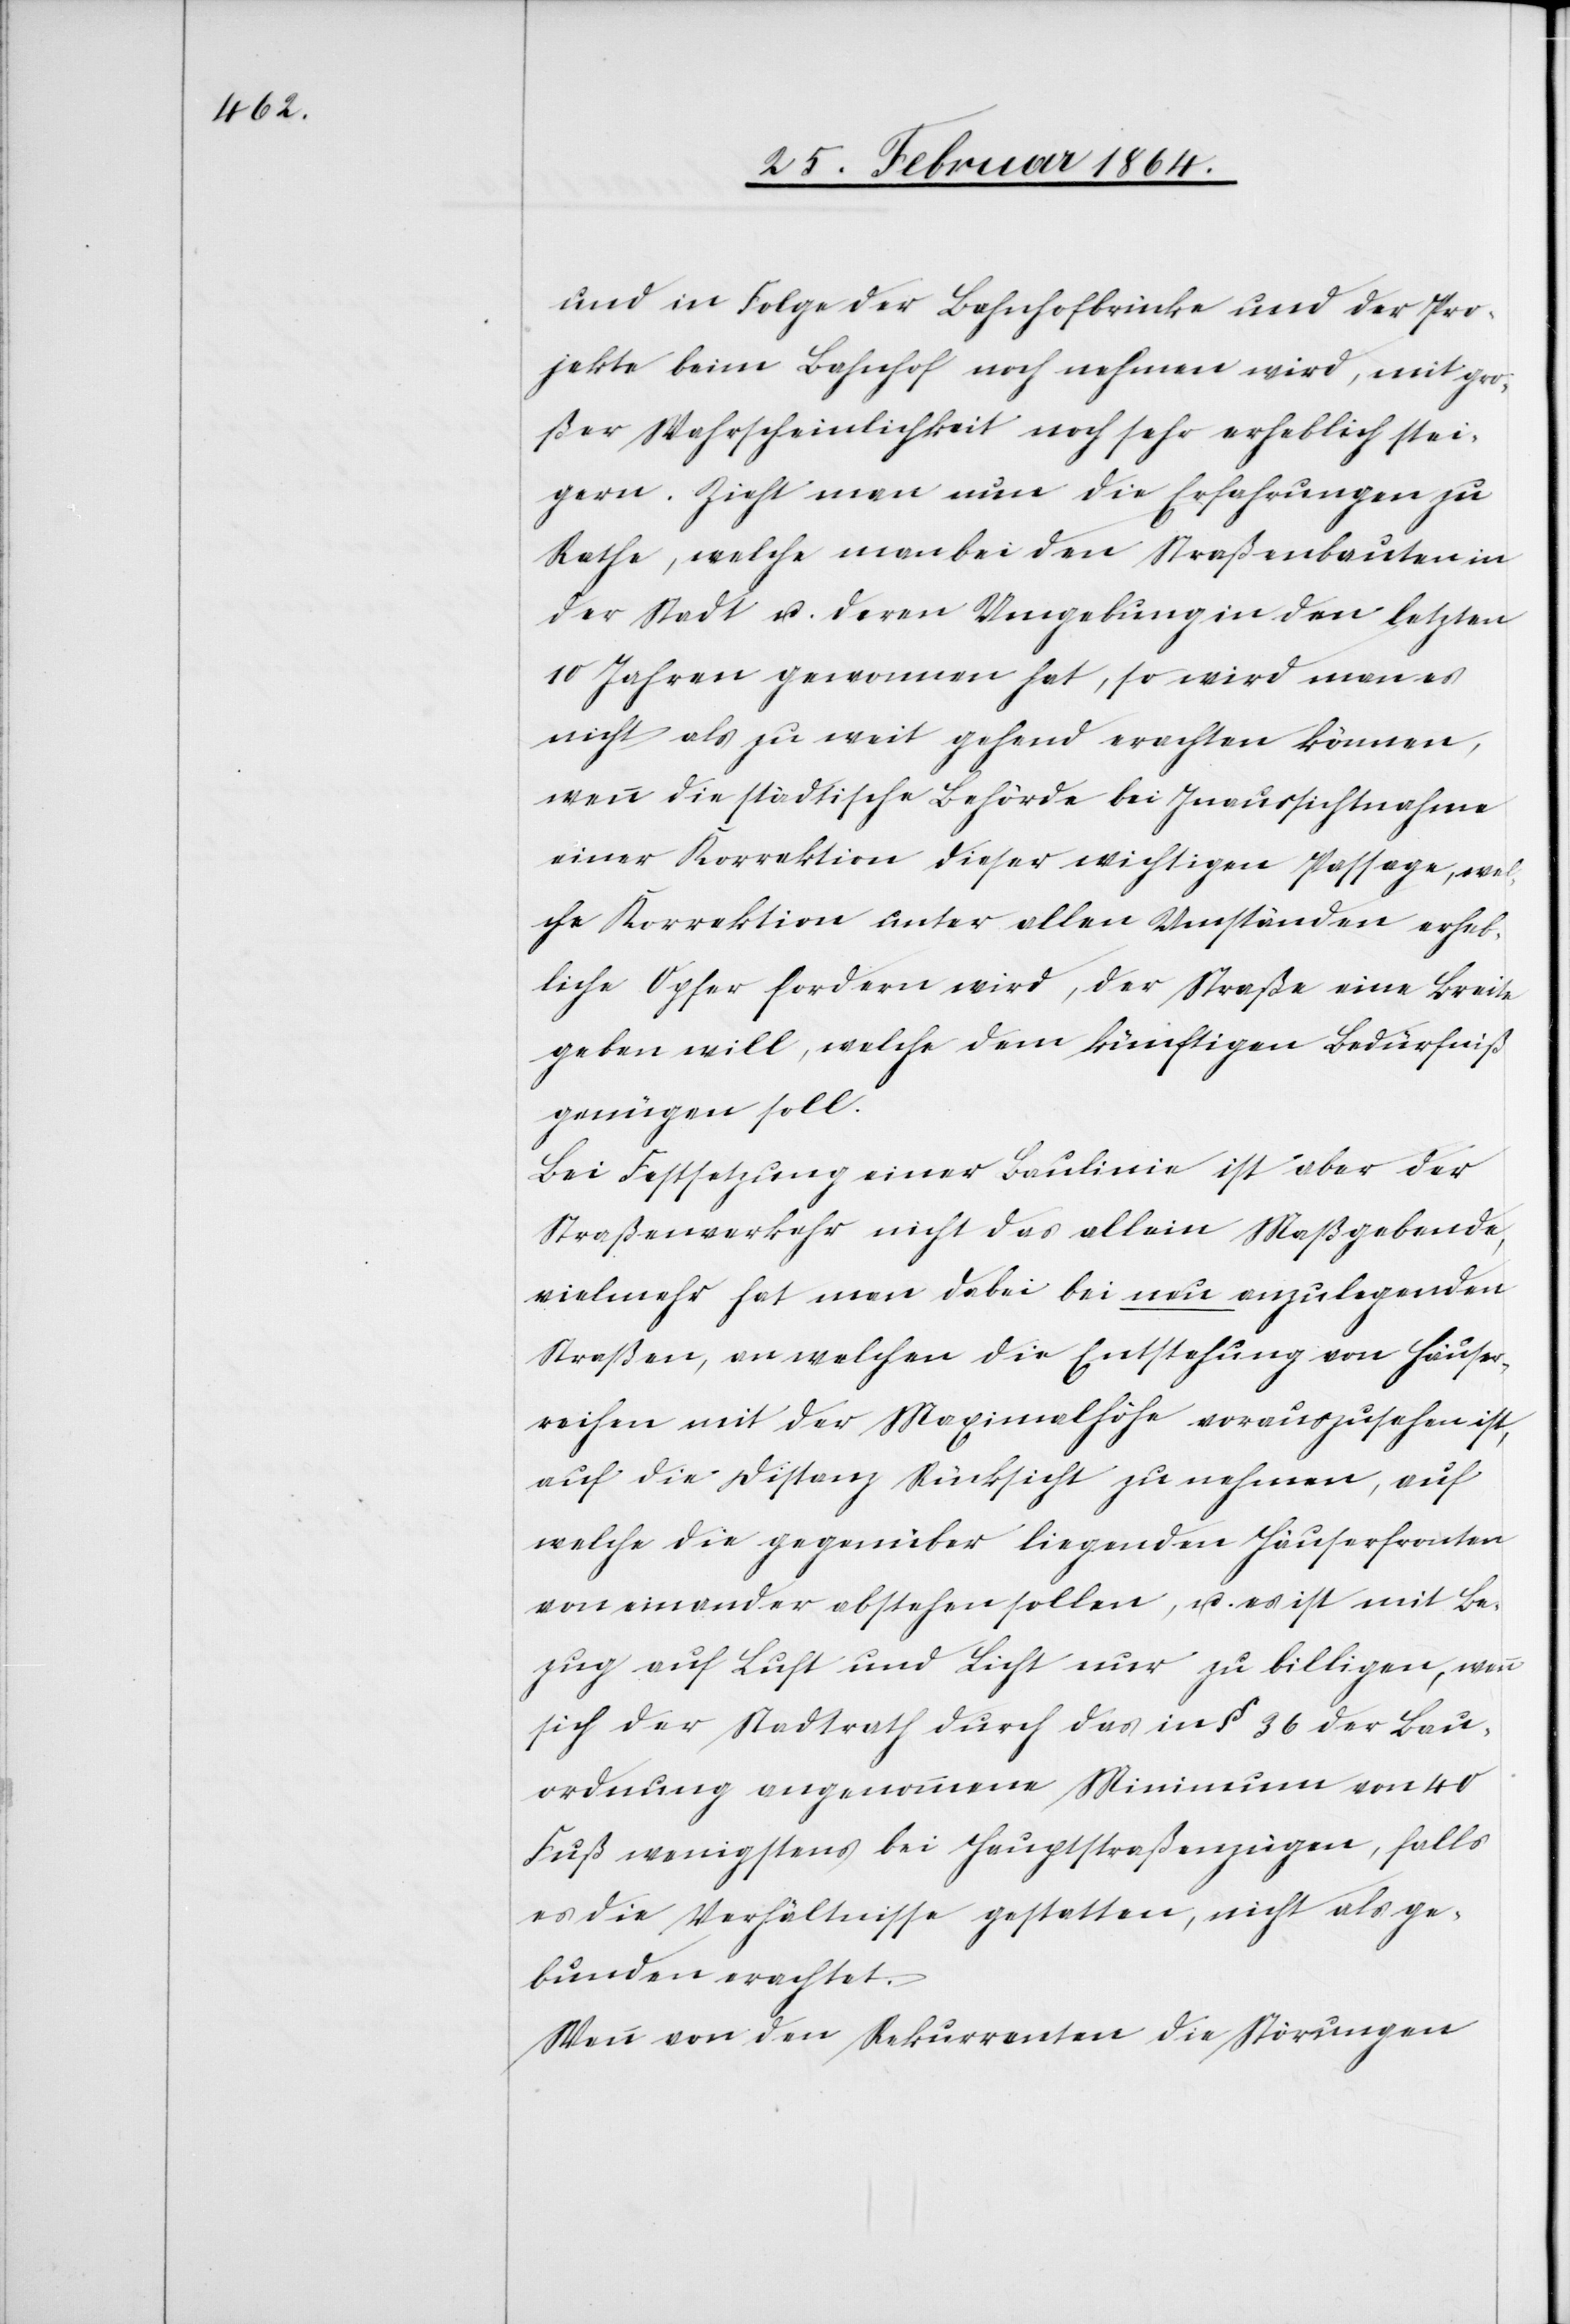
und in Folge der Bahnhofbrücke und der Pro¬
jekte beim Bahnhof noch nehmen wird, mit gro¬
ßer Wahrscheinlichkeit noch sehr erheblich stei¬
gern. Zieht man nun die Erfahrungen zu
Rathe, welche man bei den Straßenbauten in
der Stadt u. deren Umgebung in den letzten
10 Jahren gewonnen hat, so wird man es
nicht als zu weit gehend erachten können,
wenn die städtische Behörde bei Inaussichtnahme
einer Korrektion dieser wichtigen Passage, wel¬
che Korrektion unter allen Umständen erheb¬
liche Opfer fordern wird, der Straße eine Breite
geben will, welche dem künftigen Bedürfniß
genügen soll.
Bei Festsetzung einer Baulinie ist aber der
Straßenverkehr nicht das allein Maßgebende,
vielmehr hat man dabei bei neu anzulegenden
Straßen, an welchen die Entstehung von Häuser¬
reihen mit der Maximalhöhe vorauszusehen ist,
auf die Distanz Rücksicht zu nehmen, auf
welche die gegenüber liegenden Häuserfronten
von einander abstehen sollen, u. es ist mit Be¬
zug auf Luft und Licht nur zu billigen, wenn
sich der Stadtrath durch das in § 36 der Bau¬
ordnung angenommene Minimum von 40
Fuß wenigstens bei Hauptstraßenzügen, falls
es die Verhältnisse gestatten, nicht als ge¬
bunden erachtet.
Wenn von den Rekurrenten die Störungen